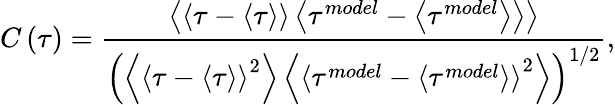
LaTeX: C\left(\tau\right)=\frac{\left\langle{\left\langle{\tau-\left\langle\tau\right\rangle}\right\rangle\left\langle{\tau^{model}-\left\langle\tau^{model}\right\rangle}\right\rangle}\right\rangle}{\left({\left\langle\left\langle{\tau-\left\langle\tau\right\rangle}\right\rangle^{2}\right\rangle\left\langle\left\langle{\tau^{model}-\left\langle\tau^{model}\right\rangle}\right\rangle^{2}\right\rangle}\right)^{1/2}},